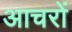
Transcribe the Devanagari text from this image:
आचरों